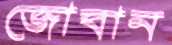
জোবান